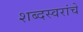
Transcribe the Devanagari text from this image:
शब्दस्वरांचे